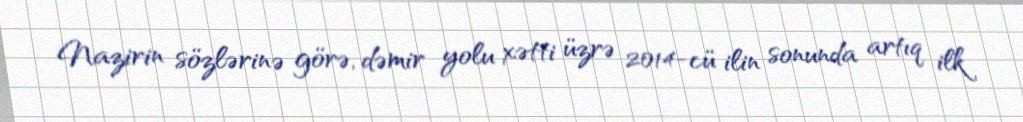
Nazirin sözlərinə görə, dəmir yolu xətti üzrə 2014-cü ilin sonunda artıq ilk